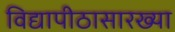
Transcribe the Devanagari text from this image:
विद्यापीठासारख्या